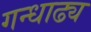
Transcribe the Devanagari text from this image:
गन्धाढ्य